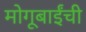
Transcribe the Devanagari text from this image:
मोगूबाईंची